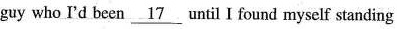
guy who I'd becn \underline_[17} until Ⅰ found myself standing